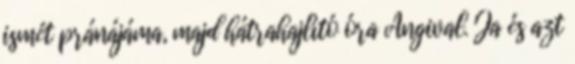
ismét pránájáma, majd hátrahajlító óra Angival. Ja és azt